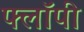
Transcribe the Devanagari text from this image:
फ्लाॅपी